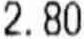
2.80